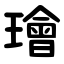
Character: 璯